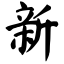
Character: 新